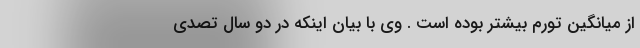
از میانگین تورم بیشتر بوده است . وی با بیان اینکه در دو سال تصدی